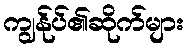
ကျွန်ုပ်၏ဆိုက်များ